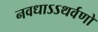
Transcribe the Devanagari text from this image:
नवधाऽऽथर्वणो